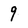
Character: 9